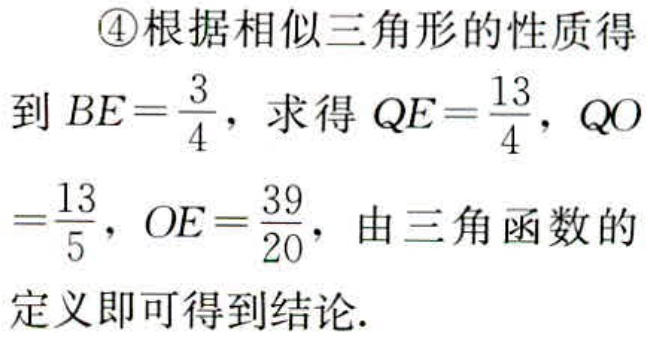
\textcircled{4}根据相似三角形的性质得
到 \(BE = \frac{3}{4}\)，求得 \(QE=\frac{13}{4}\)，\(QO\)
\(=\frac{13}{5}\)，\(OE = \frac{39}{20}\)，由三角函数的
定义即可得到结论.